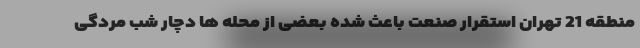
منطقه 21 تهران استقرار صنعت باعث شده بعضی از محله ها دچار شب مردگی